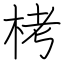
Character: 栲